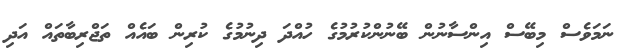
ނަމަވެސް މިބޭސް އިންސާނުން ބޭނުންކުރުމުގެ ހުއްދަ ދިނުމުގެ ކުރިން ބައެއް ތަޖްރިބާތައް އަދި